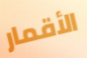
الأقمار